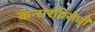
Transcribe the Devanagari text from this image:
कॅन्सरविरोधी